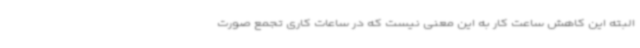
البته این کاهش ساعت کار به این معنی نیست که در ساعات کاری تجمع صورت